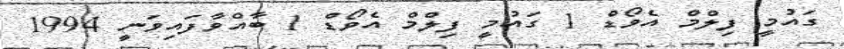
ގައުމީ ފިލްމް އެވޯޑް 1 ގައުމީ ފިލްމް އެވޯޑް 1 ބާއްވާފައިވަނީ 1994